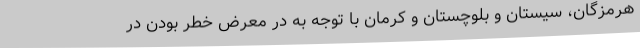
هرمزگان، سیستان و بلوچستان و کرمان با توجه به در معرض خطر بودن در